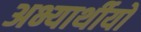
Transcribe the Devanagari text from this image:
अभ्यार्थीयों